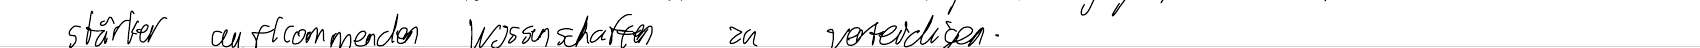
stärker aufkommenden Wissenschaften zu verteidigen.